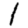
Digit: 1